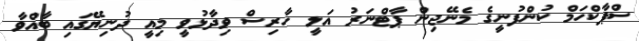
ސްޕާކްހަމް ކުންފުނީގެ މެނޭޖިން ޕާޓްނަރު އަލީ ހާރިސް ވިދާޅުވީ މިއީ ދުނިޔޭގައި ބާއްވާ